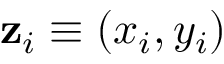
\mathbf { z } _ { i } \equiv ( x _ { i } , y _ { i } )